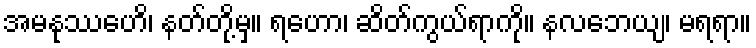
အမနုဿေဟိ၊ နတ်တို့မှ။ ရဟော၊ ဆိတ်ကွယ်ရာကို။ နလဘေယျ၊ မရရာ။